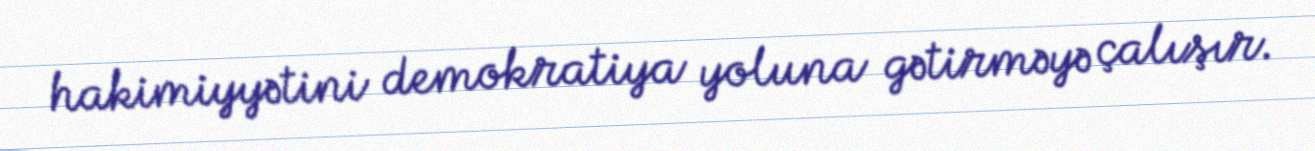
hakimiyyətini demokratiya yoluna gətirməyə çalışır.